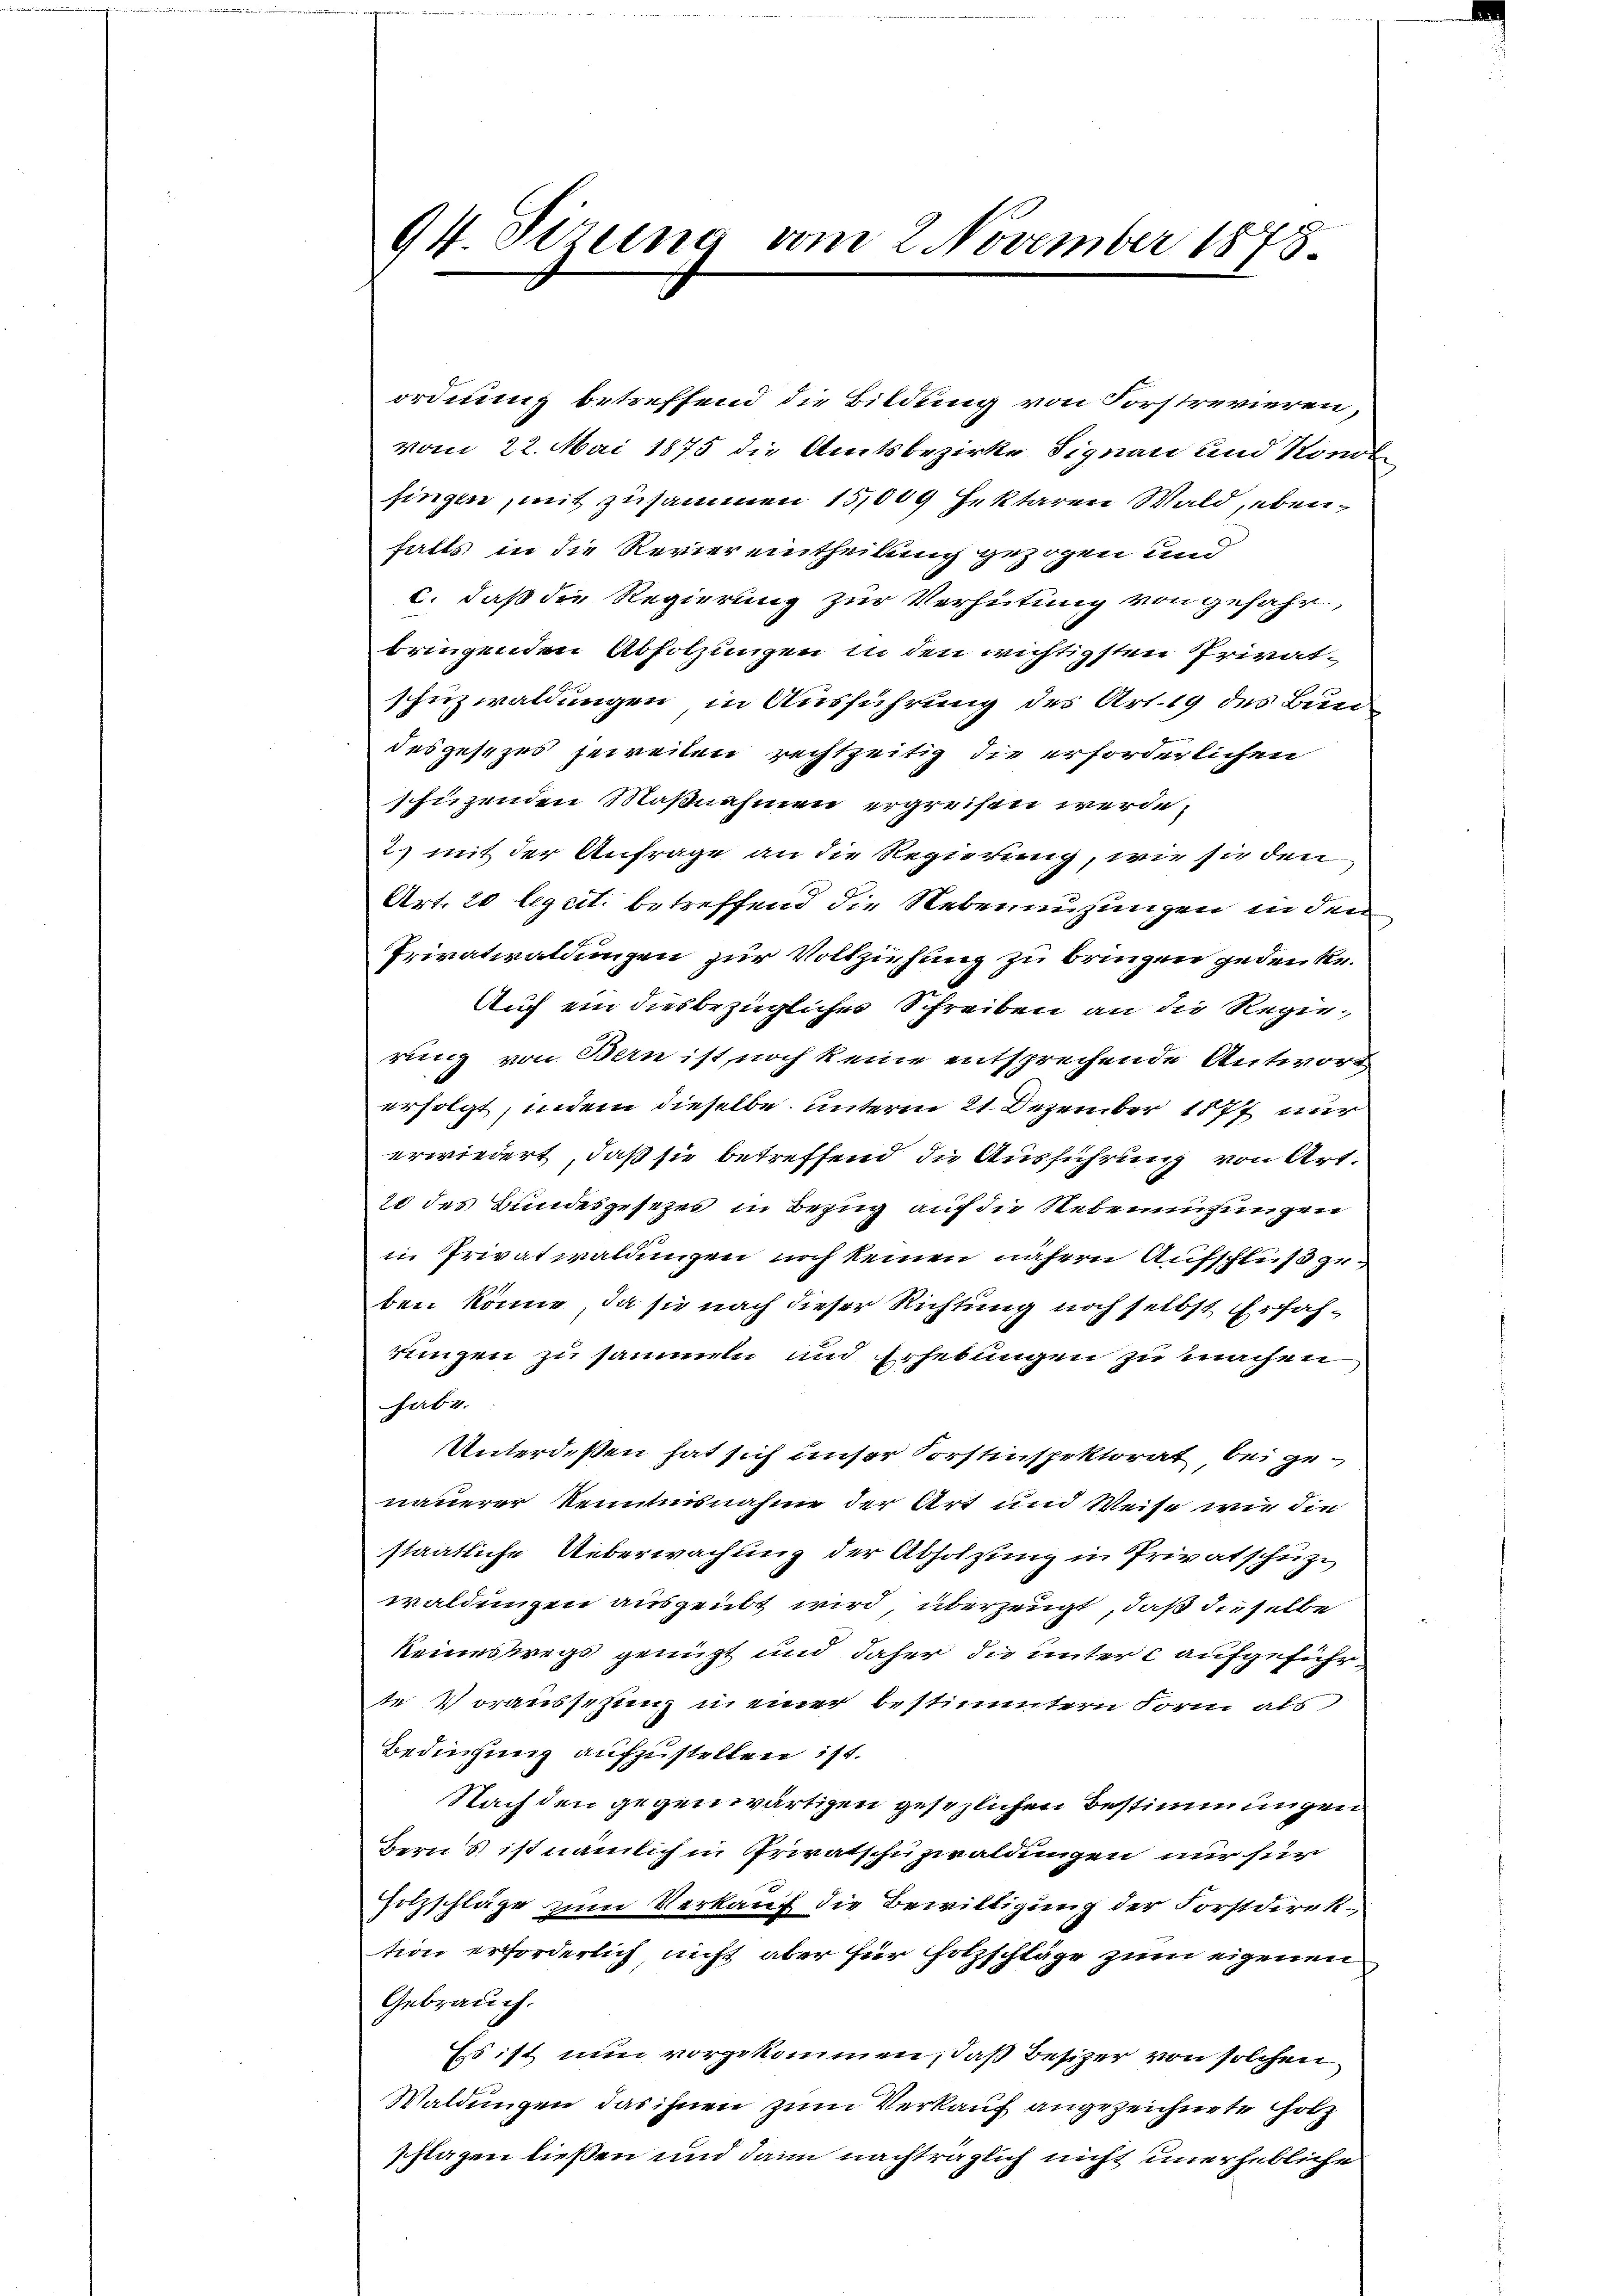
ordnung betreffend die Bildung von Forstrevieren,
vom 22. Mai 1875 die Amtsbezirke Signau und Konol
singen, mit zusammen 15,009 fektaren Wald, ebenfalls in die Revier eintheilung gezogen und
c. daß die Regierung zur Verhütung von gefahrbringenden Absolzungen in den wichtigsten Privatschuzwaldungen in Ausführung des Art. 19 des Bund
desgesezes jeweilen rechtzeitig die erforderlichen
schuzenden Maßnahmen ergreifen werde,
2) mit der Anfrage an die Regierung, wie sie den
Art. 20 legcit. betreffend die Nebennuzungen in den
Privatwaldungen zur Vollziehung zu bringen jedenke.
Auch ein diesbezüglicher Schreiben an die Regierung von Bern ist noch keine entsprechende Antwort
erfolgt, indem dieselbe unterm 21. Dezember 1877 nur
erwiedert, daß sie betreffend die Ausführung von Art.
28 des Bundesgesetzes in Bezug auf die Nebeneigungen
in Privatwaldungen noch keinen nähern Aufschluß geben könne, da sie nach dieser Richtung noch selbst Erfahrungen zu sammeln und Erhebungen zu machen
habe.
Unterdeßen hat sich unser Vorstinspektorat bei genauerer Kenntnisnahme der Art und Weise wie die
staatliche Ueberwachung der Abholzung in Privatschütze
waldungen ausgeübt wird, überzeugt, daß dieselbe
keineswegs genügt und daher die untere aufgeführte Vorausschung in einer bestimmtern Form als
Bedichung aufzustellen ist.
Nach den gegenwärtigen gesezlichen Bestimmungen
Berns ist nämlich in Privatschuzwaldungen nur für
Holzschläge zum Verkauf die Bewilligung der Forstdirektion erforderlich nicht aber für Holzschläge zum eigenen
Gebrauch.
Es ist nun vorgekommen, daß Besizer von solchen
Waldungen das ihnen zum Verkauf angezeichnete Holz
schlagen ließen und dann nachträglich nicht unerhebliche

94. Pirena vom 2. November 1878.